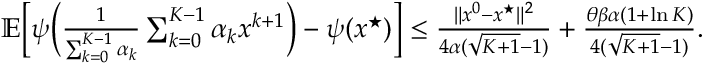
\begin{array} { r } { \mathbb { E } \Big [ \psi \Big ( \frac { 1 } { \sum _ { k = 0 } ^ { K - 1 } \alpha _ { k } } \sum _ { k = 0 } ^ { K - 1 } \alpha _ { k } x ^ { k + 1 } \Big ) - \psi ( x ^ { \star } ) \Big ] \leq \frac { \| x ^ { 0 } - x ^ { \star } \| ^ { 2 } } { 4 \alpha ( \sqrt { K + 1 } - 1 ) } + \frac { \theta \beta \alpha ( 1 + \ln K ) } { 4 ( \sqrt { K + 1 } - 1 ) } . } \end{array}